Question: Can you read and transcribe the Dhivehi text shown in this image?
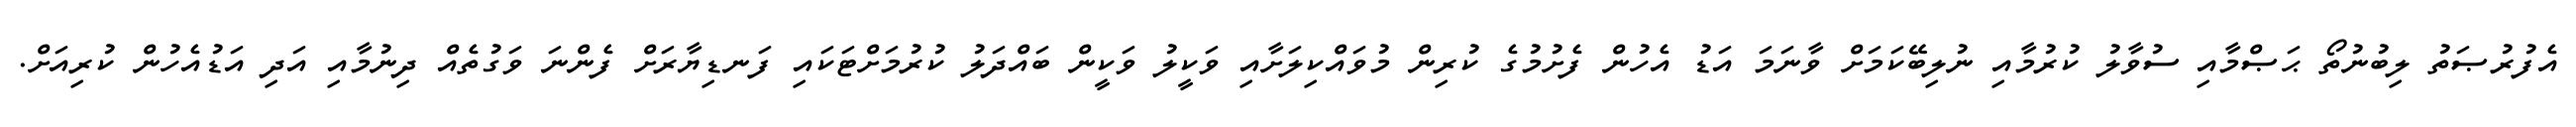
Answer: އެފުރުޞަތު ލިބުނުތޯ ޙަޞްމާއި ސުވާލު ކުރުމާއި ނުލިބޭކަމަށް ވާނަމަ އަޑު އެހުން ފެށުމުގެ ކުރިން މުވައްކިލަށާއި ވަކީލު ވަކީން ބައްދަލު ކުރުމަށްޓަކައި ފަނޑިޔާރަށް ފެންނަ ވަގުތެއް ދިނުމާއި އަދި އަޑުއެހުން ކުރިއަށް.